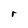
Character: r